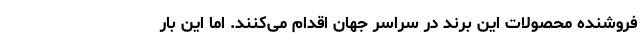
فروشنده محصولات این برند در سراسر جهان اقدام می‌کنند. اما این بار